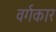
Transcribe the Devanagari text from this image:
वर्गकार